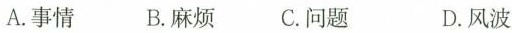
A.事情 B.麻烦 C.问题 D.风波